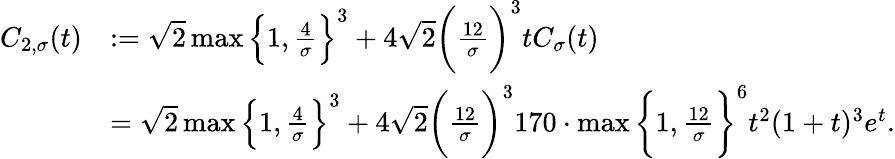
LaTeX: \begin{array}{rl}{C_{2,\sigma}(t)}&{:=\sqrt{2}\operatorname*{max}\Big\{ 1,\frac{4}{\sigma}\Big\} ^{3}+4\sqrt{2}\bigg(\frac{12}{\sigma}\bigg)^{3}tC_{\sigma}(t)}\\ &{=\sqrt{2}\operatorname*{max}\Big\{ 1,\frac{4}{\sigma}\Big\} ^{3}+4\sqrt{2}\bigg(\frac{12}{\sigma}\bigg)^{3}170\cdot\operatorname*{max}\bigg\{ 1,\frac{12}{\sigma}\bigg\} ^{6}t^{2}(1+t)^{3}e^{t}.}\end{array}